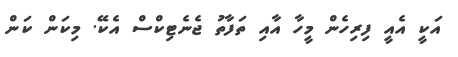
އަކީ އެއީ ފިރިހެން މީހާ އާއި ތަފާތު ޖެނެޓިކްސް އެކޭ. މިކަން ކަން